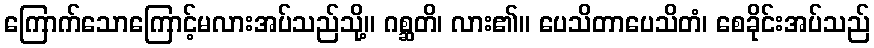
ကြောက်သောကြောင့်မလားအပ်သည်သို့။ ဂစ္ဆတိ၊ လား၏။ ပေသိတာပေသိတံ၊ စေခိုင်းအပ်သည်